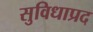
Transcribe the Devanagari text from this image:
सुविधाप्रद